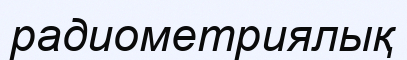
радиометриялық